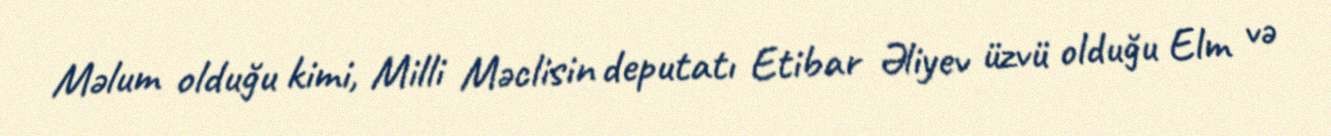
Məlum olduğu kimi, Milli Məclisin deputatı Etibar Əliyev üzvü olduğu Elm və